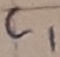
Text: C1